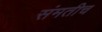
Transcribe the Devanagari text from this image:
संमतीच